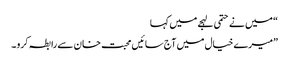
“ میں نے حتمی لہجے میں کہا
”میرے خیال میں آج سائیں محبت خان سے رابطہ کرو ۔